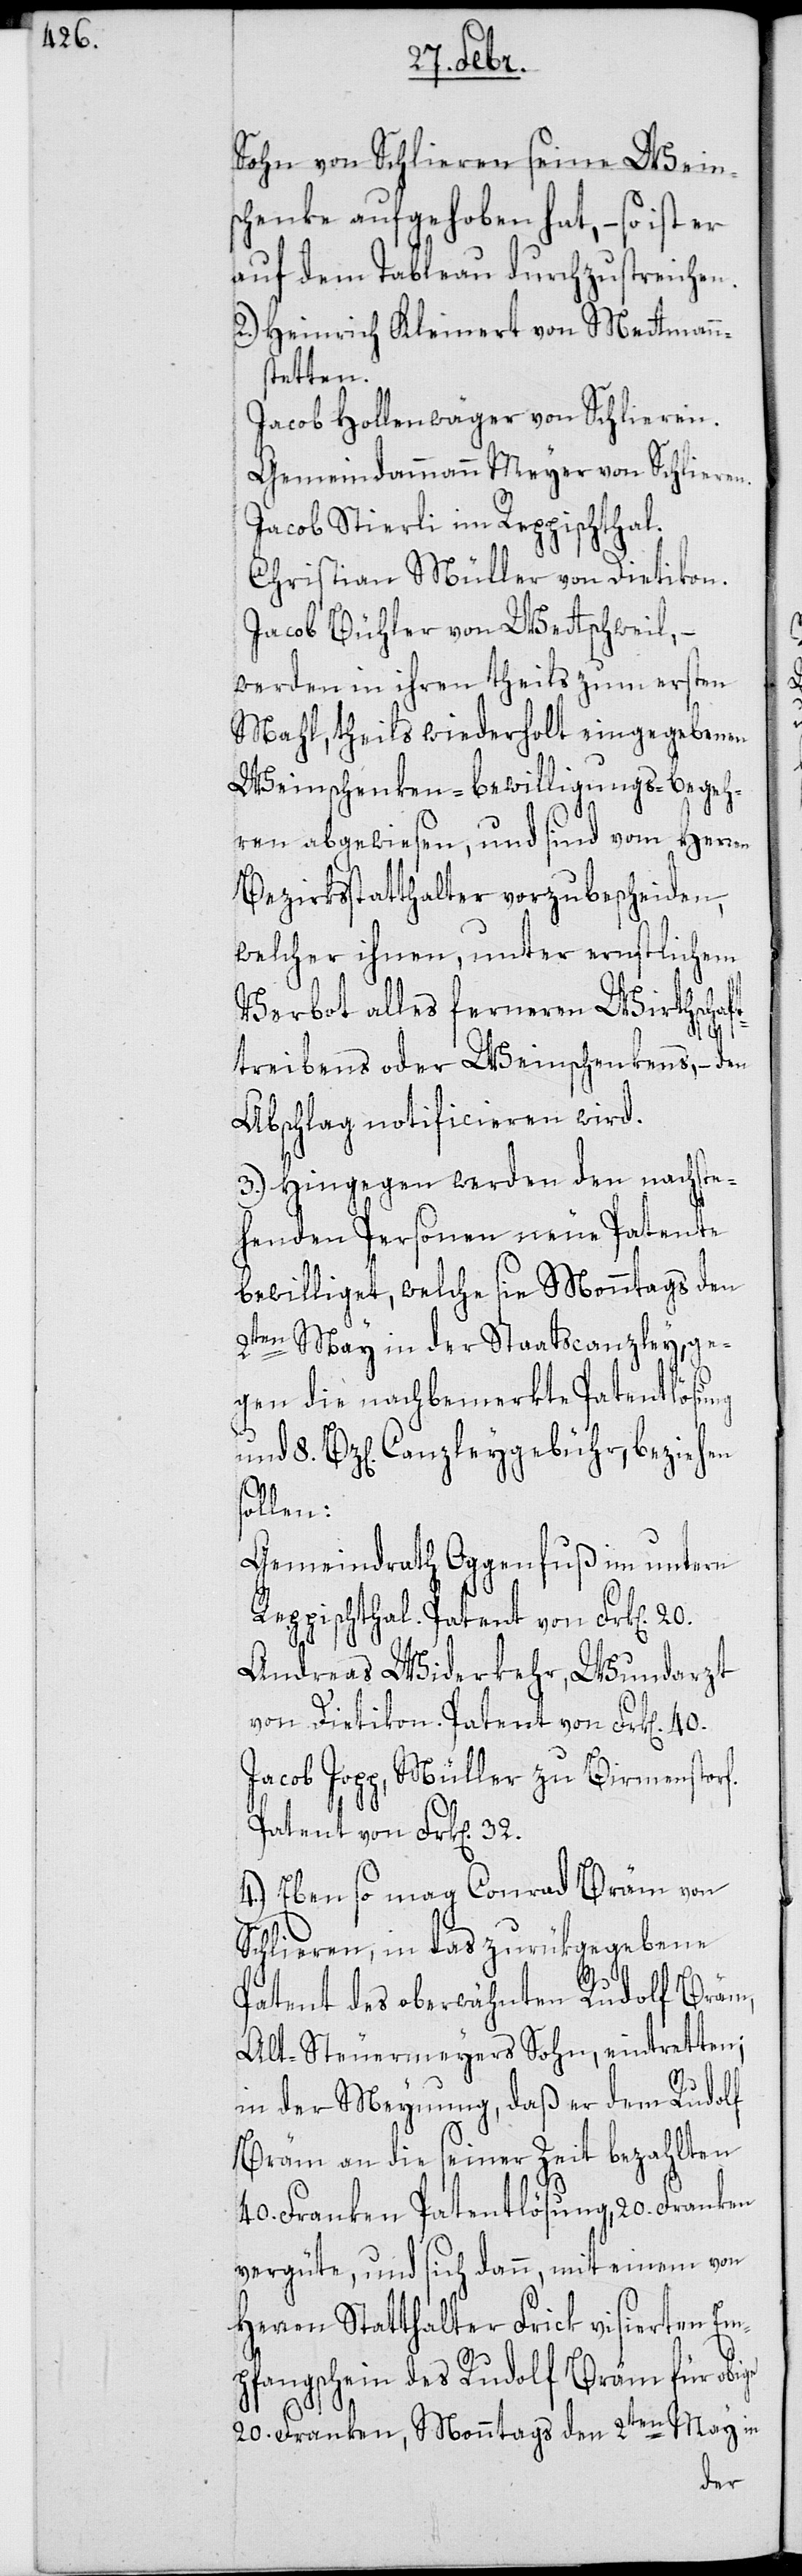
Sohn von Schlieren seine Weins¬
chenke aufgehoben hat, – so ist er
auf dem Tableau durchzustreichen.
2.) Heinrich Kleinert von Mettmen¬
stetten.
Jacob Hollenwäger von Schlieren.
Gemeindammann Meyer von Schlieren.
Jacob Stierli im Reppischthal.
Christian Müller von Dietikon.
Jacob Bühler von Wettsweil, –
werden in ihren theils zum ersten
Mahl, theils wiederholt eingegebenen
Weinschenken-Bewilligungs-Begeh¬
ren abgewiesen, und sind vom Herren
Bezirksstatthalter vorzubescheiden,
welcher ihnen, unter ernstlichem
Verbot alles ferneren Wirthschaft¬
treibens oder Weinschenkens, – den
Abschlag notificieren wird.
3.) Hingegen werden den nachste¬
henden Personen neue Patente
bewilliget, welche sie Monntags den
2ten May in der Staatscanzley, ge¬
gen die nachbemerkte Patentlösung
und 8 Bz[en]. Canzleygebühr beziehen
sollen:
Gemeindrath Oggenfuß im untern
Reppischthal. Patent von Frk[en].
Andreas Widerkehr, Wundarzt
von Dietikon. Patent von Frk[en].
Jacob Jogg, Müller zu Birmenstorf.
Patent von Frk[en]. 32.
4.) Ebenso mag Conrad Bräm von
Schlieren, in das zurükgegebene
ige
Patent des oberwähnten Rudolf Bräm,
Alt-Steuermeyers Sohn, eintretten;
in der Meynung daß er dem Rudolf
Bräm an die seiner Zeit bezahlten
40. Franken Patentlösung, 20. Franken
vergüte, und sich dann, mit einem von
Herren Statthalter Frick visierten Em¬
pfangschein des Rudolf Bräm für ob¬
20. Franken, Monntags den 2ten May in